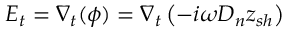
E _ { t } = \nabla _ { t } ( \phi ) = \nabla _ { t } \left( - i \omega D _ { n } z _ { s h } \right)